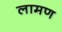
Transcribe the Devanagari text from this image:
लामण